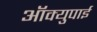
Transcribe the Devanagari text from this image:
ऑक्युपाई